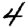
Digit: 4